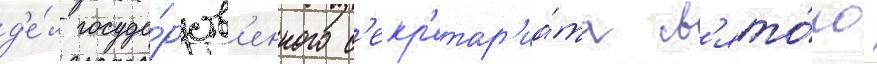
д'е́л госуда́рств'енного с'екр'етар'иа́та св'ято́го